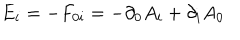
{ E _ { i } } = - F _ { 0 i } = - \partial _ { 0 } A _ { i } + \partial _ { i } A _ { 0 }